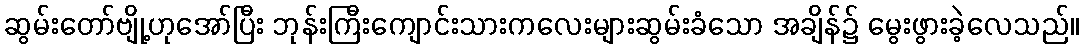
ဆွမ်းတော်ဗျို့ဟုအော်ပြီး ဘုန်းကြီးကျောင်းသားကလေးများဆွမ်းခံသော အချိန်၌ မွေးဖွားခဲ့လေသည်။